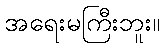
အရေးမကြီးဘူး။